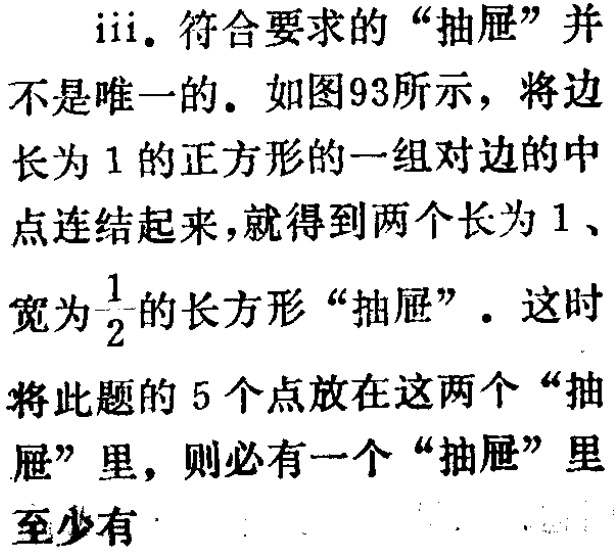
iii. 符合要求的“抽屉”并

不是唯一的。如图93所示，将边

长为1的正方形的一组对边的中

点连结起来，就得到两个长为1、

宽为$\frac{1}{2}$的长方形“抽屉”。这时

将此题的5个点放在这两个“抽

屉”里，则必有一个“抽屉”里

至少有